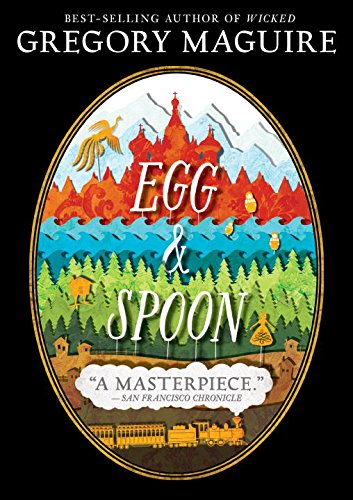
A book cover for Egg and Spoon; Gregory Maguire; Children's Books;